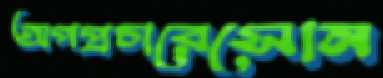
অপপ্রচারেসোন